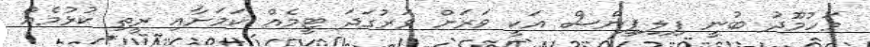
މަހުމޫދު ބުނީ ފިލިޕީންސް އަކީ ވަރަށް ވަރުގަދަ ޓީމެއް ކަމަށާއި ރީތި ކުޅުމެއް